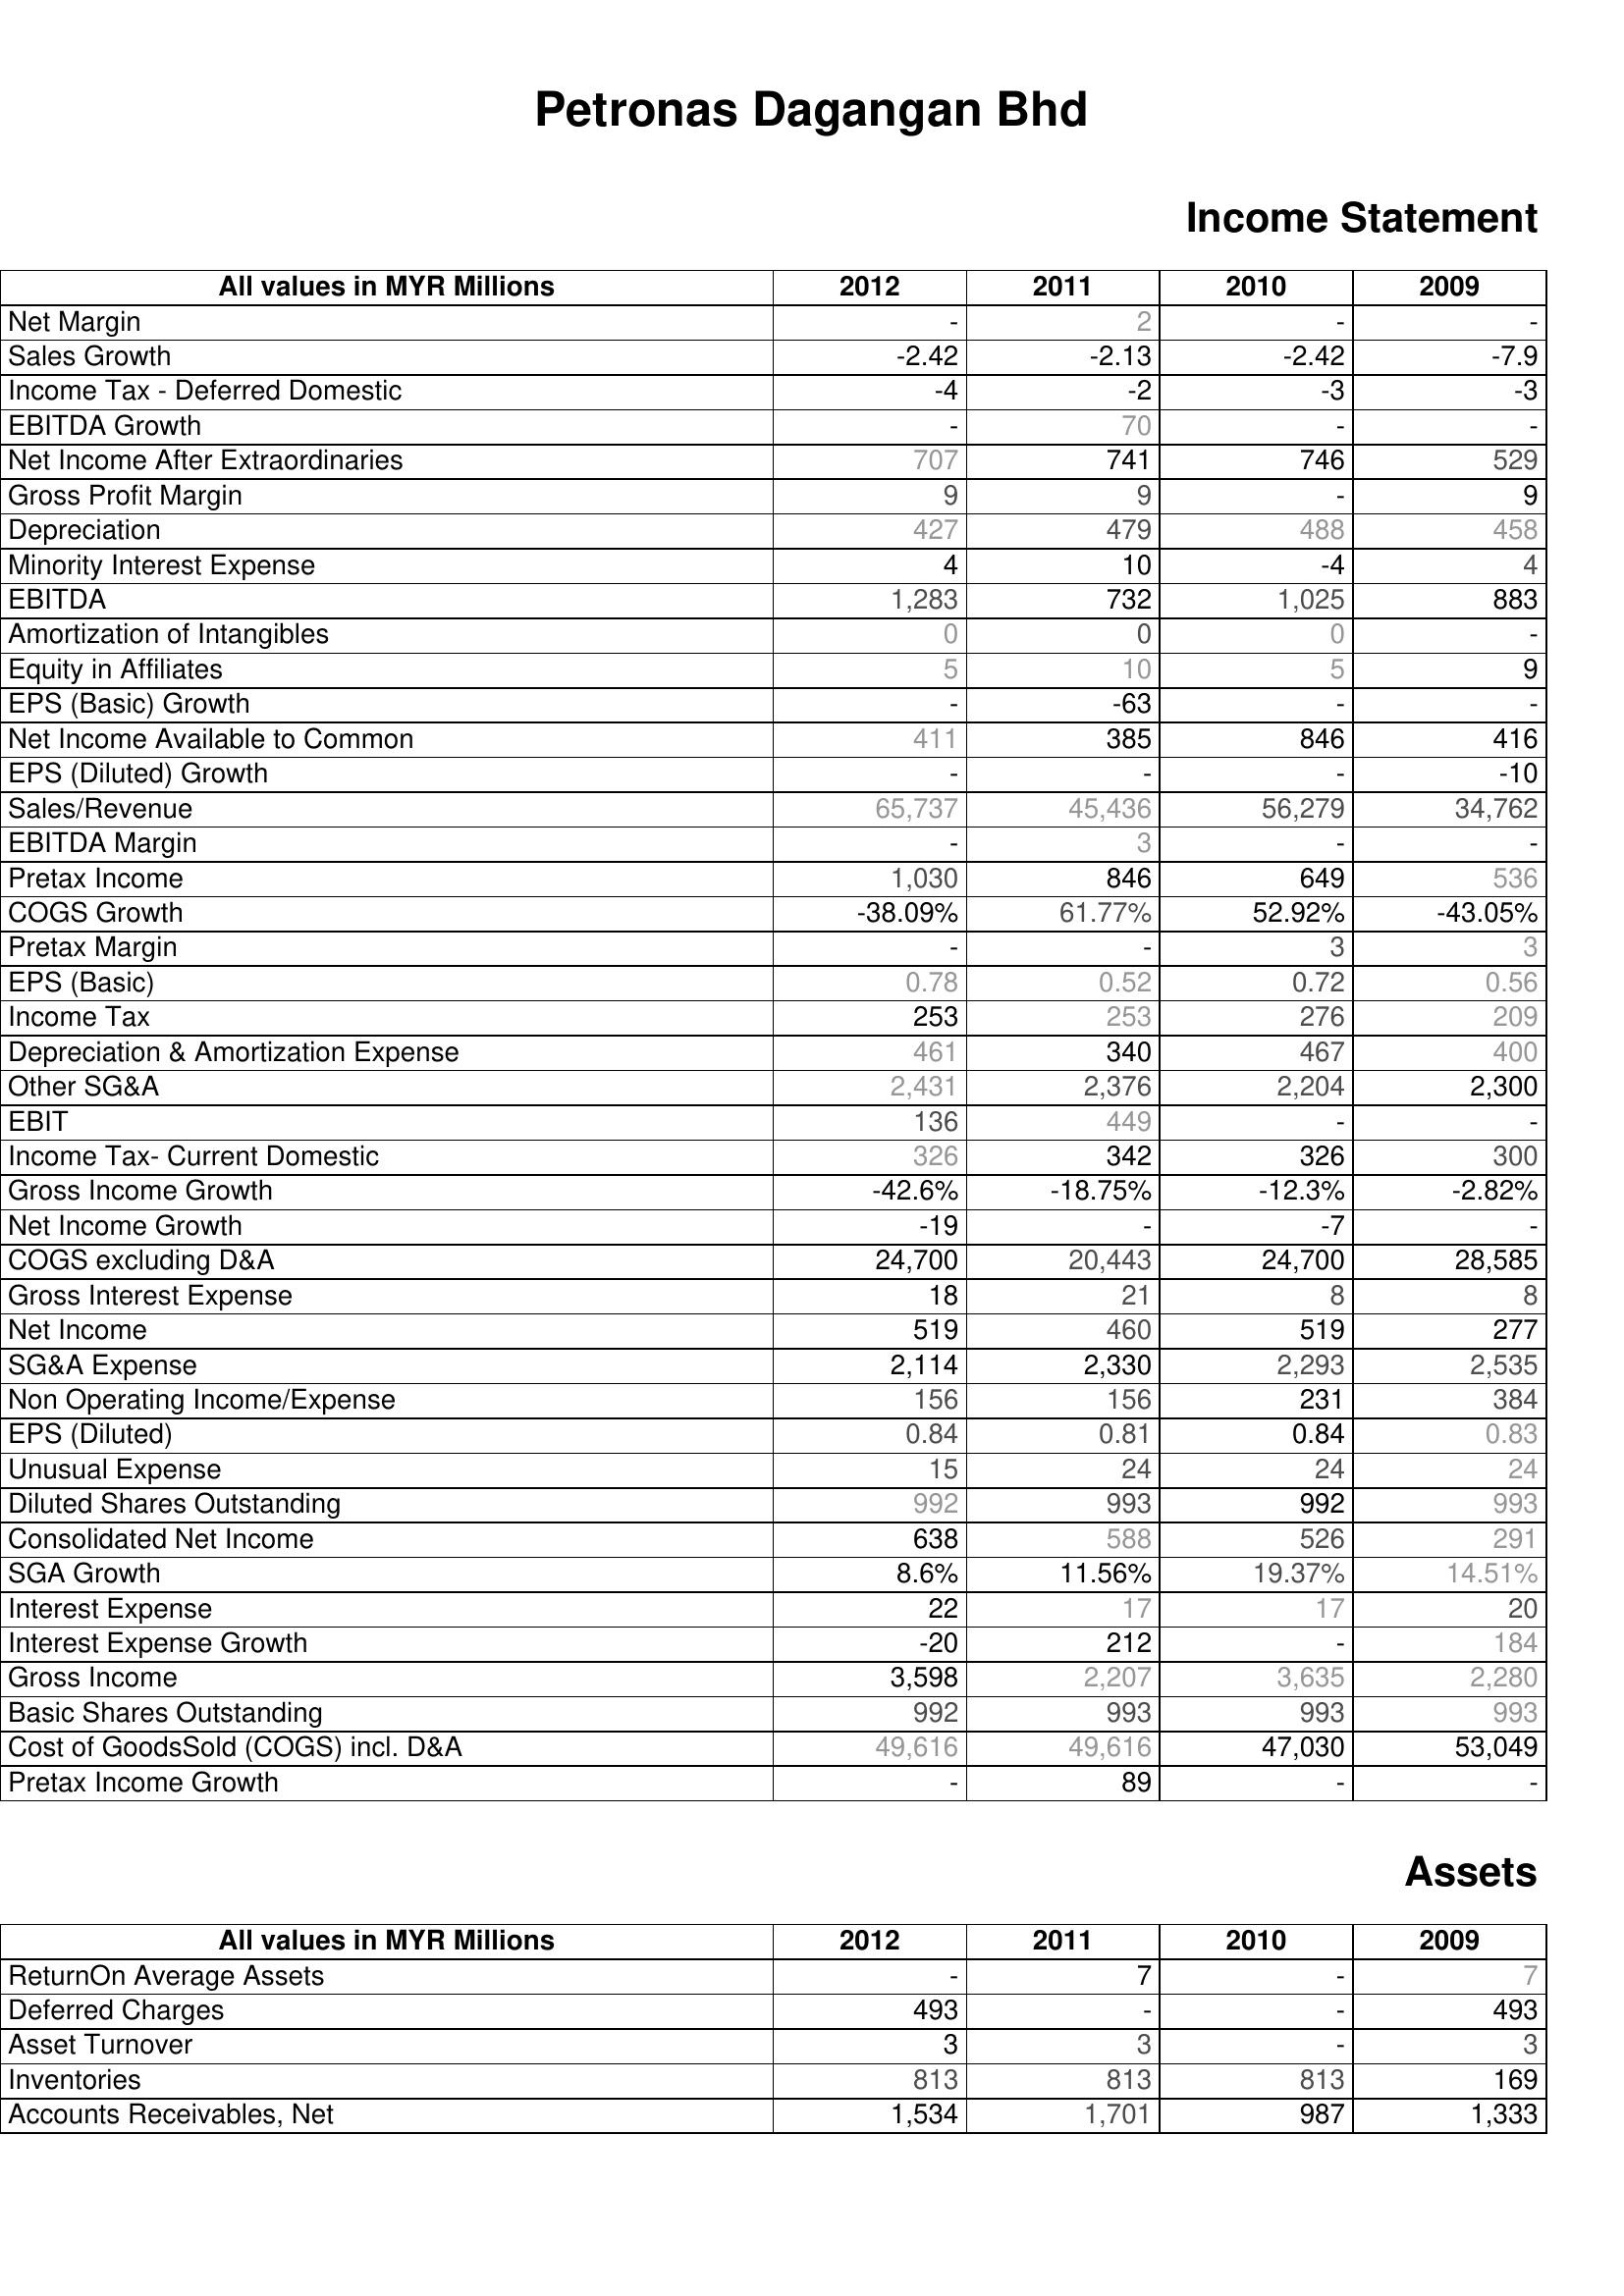
2012: Income Statement: Net Margin: -
Sales Growth: -2.42
Income Tax - Deferred Domestic: -4
EBITDA Growth: -
Net Income After Extraordinaries: 707
Gross Profit Margin: 9
Depreciation: 427
Minority Interest Expense: 4
EBITDA: 1,283
Amortization of Intangibles: 0
Equity in Affiliates: 5
EPS (Basic) Growth: -
Net Income Available to Common: 411
EPS (Diluted) Growth: -
Sales/Revenue: 65,737
EBITDA Margin: -
Pretax Income: 1,030
COGS Growth: -38.09%
Pretax Margin: -
EPS (Basic): 0.78
Income Tax: 253
Depreciation & Amortization Expense: 461
Other SG&A: 2,431
EBIT: 136
Income Tax- Current Domestic: 326
Gross Income Growth: -42.6%
Net Income Growth: -19
COGS excluding D&A: 24,700
Gross Interest Expense: 18
Net Income: 519
SG&A Expense: 2,114
Non Operating Income/Expense: 156
EPS (Diluted): 0.84
Unusual Expense: 15
Diluted Shares Outstanding: 992
Consolidated Net Income: 638
SGA Growth: 8.6%
Interest Expense: 22
Interest Expense Growth: -20
Gross Income: 3,598
Basic Shares Outstanding: 992
Cost of GoodsSold (COGS) incl. D&A: 49,616
Pretax Income Growth: -
Assets: ReturnOn Average Assets: -
Deferred Charges: 493
Asset Turnover: 3
Inventories: 813
Accounts Receivables, Net: 1,534
2011: Income Statement: Net Margin: 2
Sales Growth: -2.13
Income Tax - Deferred Domestic: -2
EBITDA Growth: 70
Net Income After Extraordinaries: 741
Gross Profit Margin: 9
Depreciation: 479
Minority Interest Expense: 10
EBITDA: 732
Amortization of Intangibles: 0
Equity in Affiliates: 10
EPS (Basic) Growth: -63
Net Income Available to Common: 385
EPS (Diluted) Growth: -
Sales/Revenue: 45,436
EBITDA Margin: 3
Pretax Income: 846
COGS Growth: 61.77%
Pretax Margin: -
EPS (Basic): 0.52
Income Tax: 253
Depreciation & Amortization Expense: 340
Other SG&A: 2,376
EBIT: 449
Income Tax- Current Domestic: 342
Gross Income Growth: -18.75%
Net Income Growth: -
COGS excluding D&A: 20,443
Gross Interest Expense: 21
Net Income: 460
SG&A Expense: 2,330
Non Operating Income/Expense: 156
EPS (Diluted): 0.81
Unusual Expense: 24
Diluted Shares Outstanding: 993
Consolidated Net Income: 588
SGA Growth: 11.56%
Interest Expense: 17
Interest Expense Growth: 212
Gross Income: 2,207
Basic Shares Outstanding: 993
Cost of GoodsSold (COGS) incl. D&A: 49,616
Pretax Income Growth: 89
Assets: ReturnOn Average Assets: 7
Deferred Charges: -
Asset Turnover: 3
Inventories: 813
Accounts Receivables, Net: 1,701
2010: Income Statement: Net Margin: -
Sales Growth: -2.42
Income Tax - Deferred Domestic: -3
EBITDA Growth: -
Net Income After Extraordinaries: 746
Gross Profit Margin: -
Depreciation: 488
Minority Interest Expense: -4
EBITDA: 1,025
Amortization of Intangibles: 0
Equity in Affiliates: 5
EPS (Basic) Growth: -
Net Income Available to Common: 846
EPS (Diluted) Growth: -
Sales/Revenue: 56,279
EBITDA Margin: -
Pretax Income: 649
COGS Growth: 52.92%
Pretax Margin: 3
EPS (Basic): 0.72
Income Tax: 276
Depreciation & Amortization Expense: 467
Other SG&A: 2,204
EBIT: -
Income Tax- Current Domestic: 326
Gross Income Growth: -12.3%
Net Income Growth: -7
COGS excluding D&A: 24,700
Gross Interest Expense: 8
Net Income: 519
SG&A Expense: 2,293
Non Operating Income/Expense: 231
EPS (Diluted): 0.84
Unusual Expense: 24
Diluted Shares Outstanding: 992
Consolidated Net Income: 526
SGA Growth: 19.37%
Interest Expense: 17
Interest Expense Growth: -
Gross Income: 3,635
Basic Shares Outstanding: 993
Cost of GoodsSold (COGS) incl. D&A: 47,030
Pretax Income Growth: -
Assets: ReturnOn Average Assets: -
Deferred Charges: -
Asset Turnover: -
Inventories: 813
Accounts Receivables, Net: 987
2009: Income Statement: Net Margin: -
Sales Growth: -7.9
Income Tax - Deferred Domestic: -3
EBITDA Growth: -
Net Income After Extraordinaries: 529
Gross Profit Margin: 9
Depreciation: 458
Minority Interest Expense: 4
EBITDA: 883
Amortization of Intangibles: -
Equity in Affiliates: 9
EPS (Basic) Growth: -
Net Income Available to Common: 416
EPS (Diluted) Growth: -10
Sales/Revenue: 34,762
EBITDA Margin: -
Pretax Income: 536
COGS Growth: -43.05%
Pretax Margin: 3
EPS (Basic): 0.56
Income Tax: 209
Depreciation & Amortization Expense: 400
Other SG&A: 2,300
EBIT: -
Income Tax- Current Domestic: 300
Gross Income Growth: -2.82%
Net Income Growth: -
COGS excluding D&A: 28,585
Gross Interest Expense: 8
Net Income: 277
SG&A Expense: 2,535
Non Operating Income/Expense: 384
EPS (Diluted): 0.83
Unusual Expense: 24
Diluted Shares Outstanding: 993
Consolidated Net Income: 291
SGA Growth: 14.51%
Interest Expense: 20
Interest Expense Growth: 184
Gross Income: 2,280
Basic Shares Outstanding: 993
Cost of GoodsSold (COGS) incl. D&A: 53,049
Pretax Income Growth: -
Assets: ReturnOn Average Assets: 7
Deferred Charges: 493
Asset Turnover: 3
Inventories: 169
Accounts Receivables, Net: 1,333